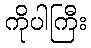
ကိုပါကြီး